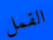
القمل